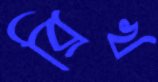
ব্রিখ